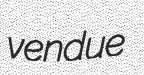
vendue